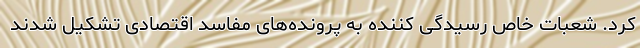
کرد. شعبات خاص رسیدگی کننده به پرونده‌های مفاسد اقتصادی تشکیل شدند